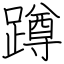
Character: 蹲